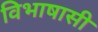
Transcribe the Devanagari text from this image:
विभाषासी